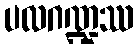
ပလဂဏ္ဍဿ